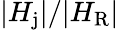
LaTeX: |H_{\mathrm{j}}|/|H_{\mathrm{R}}|